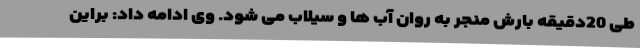
طی 20دقیقه بارش منجر به روان آب ها و سیلاب می شود. وی ادامه داد: براین